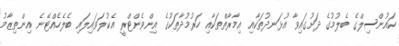
ކައުންސިލްގެ ބެލުމުގެ ދަށުގައިވާ އުޅަނދުތަކާއި އިމާރާތްތަކާއި ހަރުމުދާތަކުގެ އިންވެންޓްރީ އެކުލަވައިލައި ބެލެހެއްޓޭނެ އިންތިޒާމު